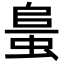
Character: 𧋰